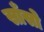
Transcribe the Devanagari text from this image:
साँसो